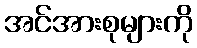
အင်အားစုများကို